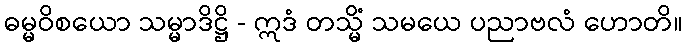
ဓမ္မဝိစယော သမ္မာဒိဋ္ဌိ - ဣဒံ တသ္မိံ သမယေ ပညာဗလံ ဟောတိ။